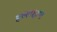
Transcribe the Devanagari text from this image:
हल्लक्षण